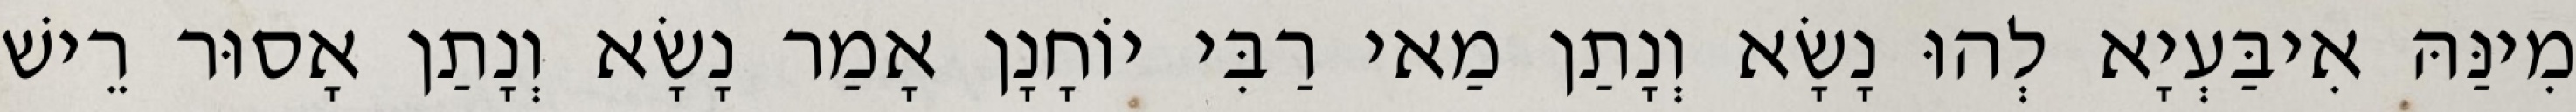
מִינַּהּ אִיבַּעְיָא לְהוּ נָשָׂא וְנָתַן מַאי רַבִּי יוֹחָנָן אָמַר נָשָׂא וְנָתַן אָסוּר רֵישׁ